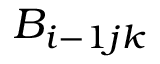
B _ { i - 1 j k }